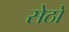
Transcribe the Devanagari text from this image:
सेठो